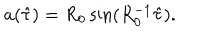
LaTeX: a ( \hat { \tau } ) = R _ { 0 } \sin ( R _ { 0 } ^ { - 1 } \hat { \tau } ) .